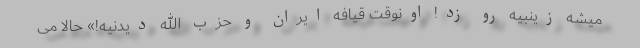
میشه زینبیه رو زد! اونوقت قیافه ایران و حزب الله دیدنیه!» حالا می